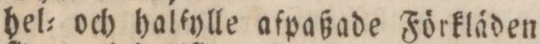
hel= och halfylle afpaßade Förkläden,